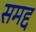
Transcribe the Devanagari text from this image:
समद्द